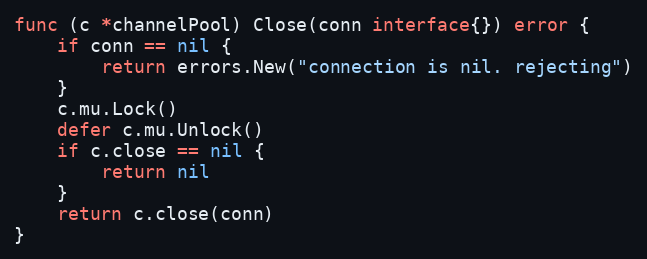
Language: Go
func (c *channelPool) Close(conn interface{}) error {
	if conn == nil {
		return errors.New("connection is nil. rejecting")
	}
	c.mu.Lock()
	defer c.mu.Unlock()
	if c.close == nil {
		return nil
	}
	return c.close(conn)
}